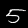
Digit: 5